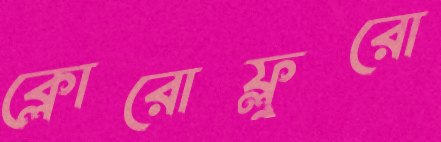
ক্লোরোফ্লুরো